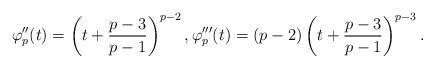
LaTeX: \begin{align*}\varphi''_p(t) = \left(t + \frac{p-3}{p-1}\right)^{p-2}, \varphi'''_p(t) = (p-2)\left(t + \frac{p-3}{p-1}\right)^{p-3}.\end{align*}